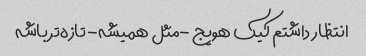
انتظار داشتم کیک هویج -مثل همیشه- تازه‌تر باشه